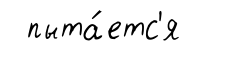
пыта́етс'я